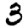
Digit: 3